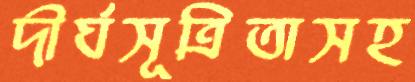
দীর্ঘসূত্রিতাসহ